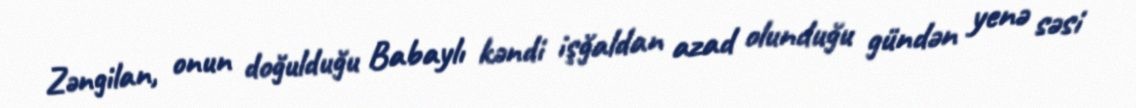
Zəngilan, onun doğulduğu Babaylı kəndi işğaldan azad olunduğu gündən yenə səsi